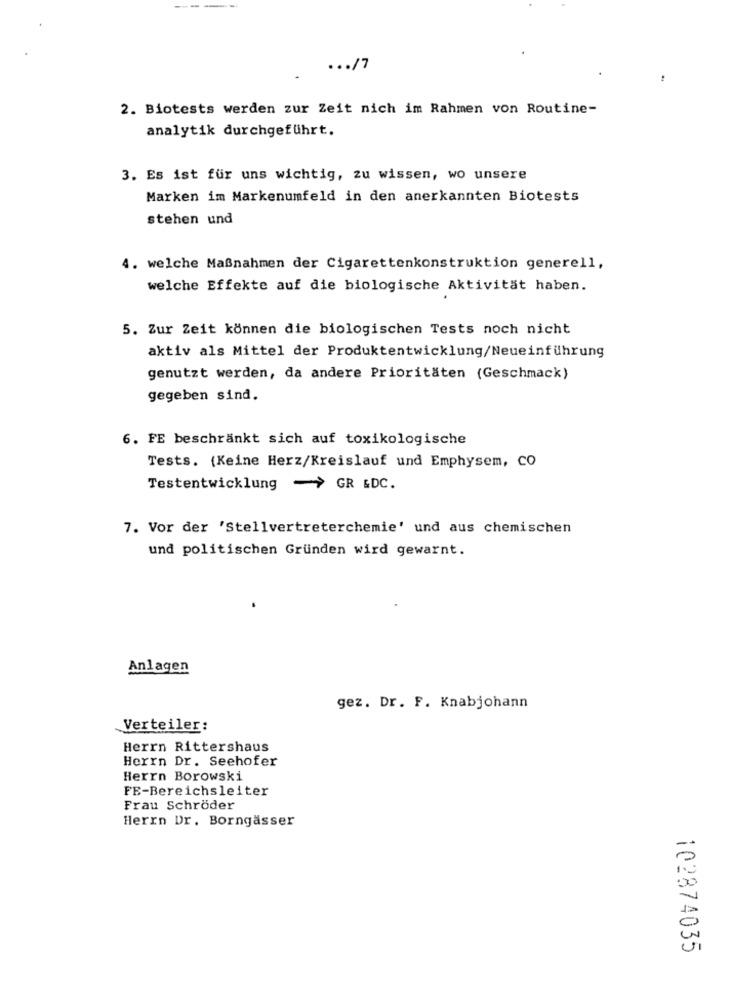
... /7
2. Biotests werden zur Zeit nich im Rahmen von Routine-
analytik durchgeführt.
3. Es ist für uns wichtig, zu wissen, wo unsere
Marken im Markenumfeld in den anerkannten Biotests
stehen und
4. welche Maßnahmen der Cigarettenkonstruktion generell,
welche Effekte auf die biologische Aktivität haben.
5. Zur Zeit können die biologischen Tests noch nicht
aktiv als Mittel der Produktentwicklung/Neueinführung
genutzt werden, da andere Prioritäten (Geschmack)
gegeben sind.
6. FE beschränkt sich auf toxikologische
Tests. (Keine Herz/Kreislauf und Emphysem, CO
Testentwicklung - GR &DC.
7. Vor der 'Stellvertreterchemie' und aus chemischen
und politischen Gründen wird gewarnt.
Anlagen
gez. Dr. F. Knabjohann
Verteiler:
Herrn Rittershaus
Herrn Dr. Seehofer
Herrn Borowski
FE-Bereichsleiter
Frau Schröder
Herrn Dr. Borngasser
102874035